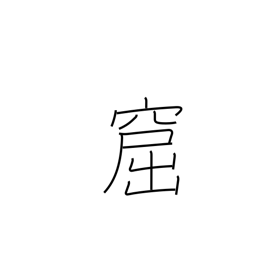
Meaning: cavern